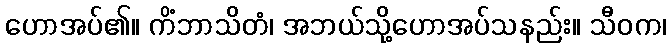
ဟောအပ်၏။ ကိံဘာသိတံ၊ အဘယ်သို့ဟောအပ်သနည်း။ သီဝက၊